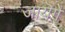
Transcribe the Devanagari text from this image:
जायॆगे